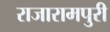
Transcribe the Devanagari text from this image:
राजारामपुरी